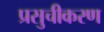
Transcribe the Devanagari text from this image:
प्रसुचीकरण